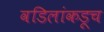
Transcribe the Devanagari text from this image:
वडिलांकडूच